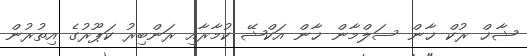
ޝާޚް ރުކް ޚާން ސަލްމާން ޚާން އަކްޝޭ ކުމާރާއި ރަންބިރު ކަޕޫރުގެ އިތުރުން